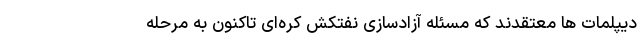
دیپلمات ها معتقدند که مسئله آزادسازی نفتکش کره‌ای تاکنون به مرحله